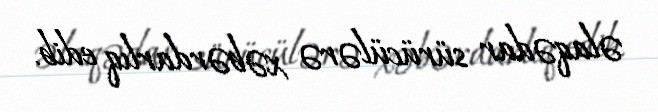
əlaqədar sürücülərə xəbərdarlıq edib.